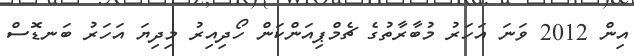
އިން 2012 ވަނަ އަހަރު މުބާރާތުގެ ޗެމްޕިއަންކަން ހޯދިއިރު މިދިޔަ އަހަރު ބަނޑޮސް